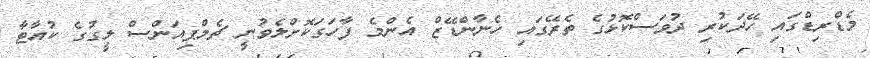
މެޑްރިޑްގައި ހޭދަކުރި ދުވަސްކޮޅުގެ ތެރޭގައި ހެނާންޑޭޒް އެންމެ ފާހަގަކޮށްލެވުނީ ޗެމްޕިއަންސް ލީގުގެ ކުއާޓާ